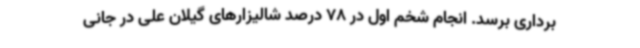
برداری برسد. انجام شخم اول در 78 درصد شالیزارهای گیلان علی در جانی